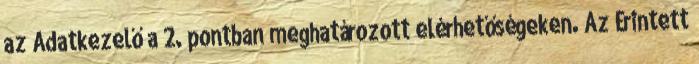
az Adatkezelő a 2. pontban meghatározott elérhetőségeken. Az Érintett